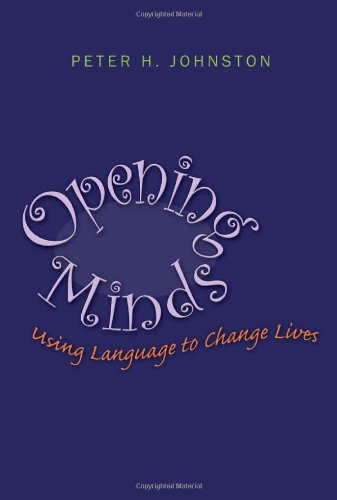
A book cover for Opening Minds: Using Language to Change Lives; Peter H. Johnston; Education & Teaching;